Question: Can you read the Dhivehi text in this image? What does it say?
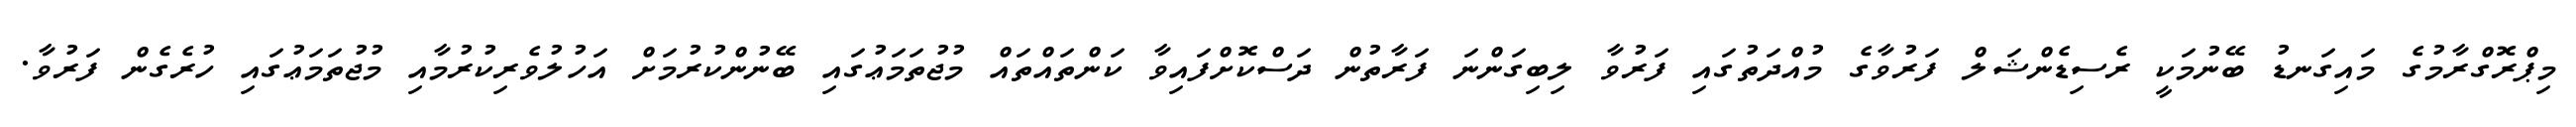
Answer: މިޕްރޮގްރާމުގެ މައިގަނޑު ބޭނުމަކީ ރެސިޑެންޝަލް ފަރުވާގެ މުއްދަތުގައި ފަރުވާ ލިބިގަންނަ ފަރާތުން ދަސްކޮށްފައިވާ ކަންތައްތައް މުޖުތަމަޢުގައި ބޭނުންކުރުމަށް އަހުލުވެރިކުރުމާއި މުޖުތަމަޢުގައި ހުރެގެން ފަރުވާ.